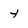
Character: y